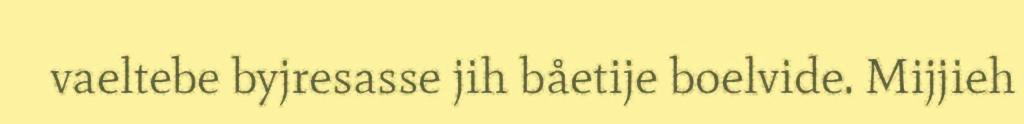
vaeltebe byjresasse jih båetije boelvide. Mijjieh